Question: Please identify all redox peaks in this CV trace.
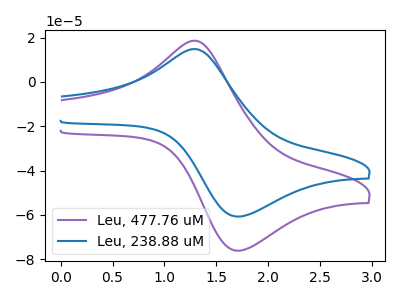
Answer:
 <answer>The purple curve "Leu, 477.76 uM" has an anodic peak at (1.30V, 18.65uA) and a cathodic peak at (1.70V, -76.20uA). The blue curve "Leu, 238.88 uM" has an anodic peak at (1.30V, 14.90uA) and a cathodic peak at (1.70V, -60.80uA).</answer>
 <eval></eval>